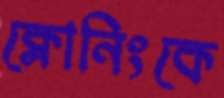
ক্লোনিংকে